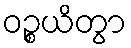
ဝဉ္စယိတွာ